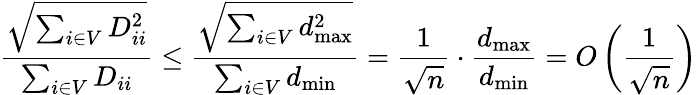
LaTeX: \frac{\sqrt{\sum_{i\in V}D_{ii}^{2}}}{\sum_{i\in V}D_{ii}}\leq\frac{\sqrt{\sum_{i\in V}d_{\operatorname*{max}}^{2}}}{\sum_{i\in V}d_{\operatorname*{min}}}=\frac{1}{\sqrt{n}}\cdot\frac{d_{\operatorname*{max}}}{d_{\operatorname*{min}}}=O\left(\frac{1}{\sqrt{n}}\right)